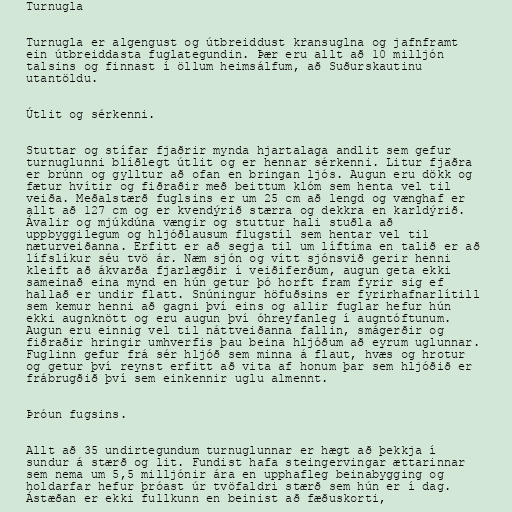
Turnugla

Turnugla er algengust og útbreiddust kransuglna og jafnframt
ein útbreiddasta fuglategundin. Þær eru allt að 10 milljón
talsins og finnast í öllum heimsálfum, að Suðurskautinu
utantöldu.

Útlit og sérkenni.

Stuttar og stífar fjaðrir mynda hjartalaga andlit sem gefur
turnuglunni blíðlegt útlit og er hennar sérkenni. Litur fjaðra
er brúnn og gylltur að ofan en bringan ljós. Augun eru dökk og
fætur hvítir og fiðraðir með beittum klóm sem henta vel til
veiða. Meðalstærð fuglsins er um 25 cm að lengd og vænghaf er
allt að 127 cm og er kvendýrið stærra og dekkra en karldýrið.
Ávalir og mjúkdúna vængir og stuttur hali stuðla að
uppbyggilegum og hljóðlausum flugstíl sem hentar vel til
næturveiðanna. Erfitt er að segja til um líftíma en talið er að
lífslíkur séu tvö ár. Næm sjón og vítt sjónsvið gerir henni
kleift að ákvarða fjarlægðir í veiðiferðum, augun geta ekki
sameinað eina mynd en hún getur þó horft fram fyrir sig ef
hallað er undir flatt. Snúningur höfuðsins er fyrirhafnarlítill
sem kemur henni að gagni því eins og allir fuglar hefur hún
ekki augnknött og eru augun því óhreyfanleg í augntóftunum.
Augun eru einnig vel til náttveiðanna fallin, smágerðir og
fiðraðir hringir umhverfis þau beina hljóðum að eyrum uglunnar.
Fuglinn gefur frá sér hljóð sem minna á flaut, hvæs og hrotur
og getur því reynst erfitt að vita af honum þar sem hljóðið er
frábrugðið því sem einkennir uglu almennt.

Þróun fugsins.

Allt að 35 undirtegundum turnuglunnar er hægt að þekkja í
sundur á stærð og lit. Fundist hafa steingervingar ættarinnar
sem nema um 5,5 milljónir ára en upphafleg beinabygging og
holdarfar hefur þróast úr tvöfaldri stærð sem hún er í dag.
Ástæðan er ekki fullkunn en beinist að fæðuskorti,